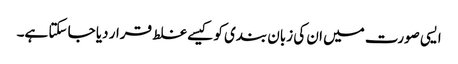
ایسی صورت میں ان کی زبان بندی کو کیسے غلط قرار دیا جا سکتا ہے۔